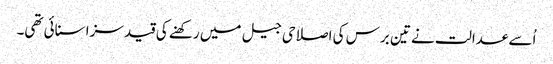
اُسے عدالت نے تین برس کی اصلاحی جیل میں رکھنے کی قید سزا سنائی تھی۔